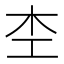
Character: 杢